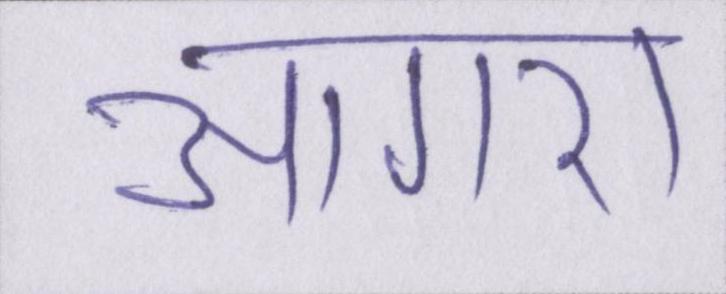
आगरा